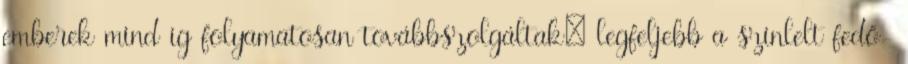
emberek mind ig folyamatosan to­vább­­szol­gáltak; legfeljebb a színlelt fedő-